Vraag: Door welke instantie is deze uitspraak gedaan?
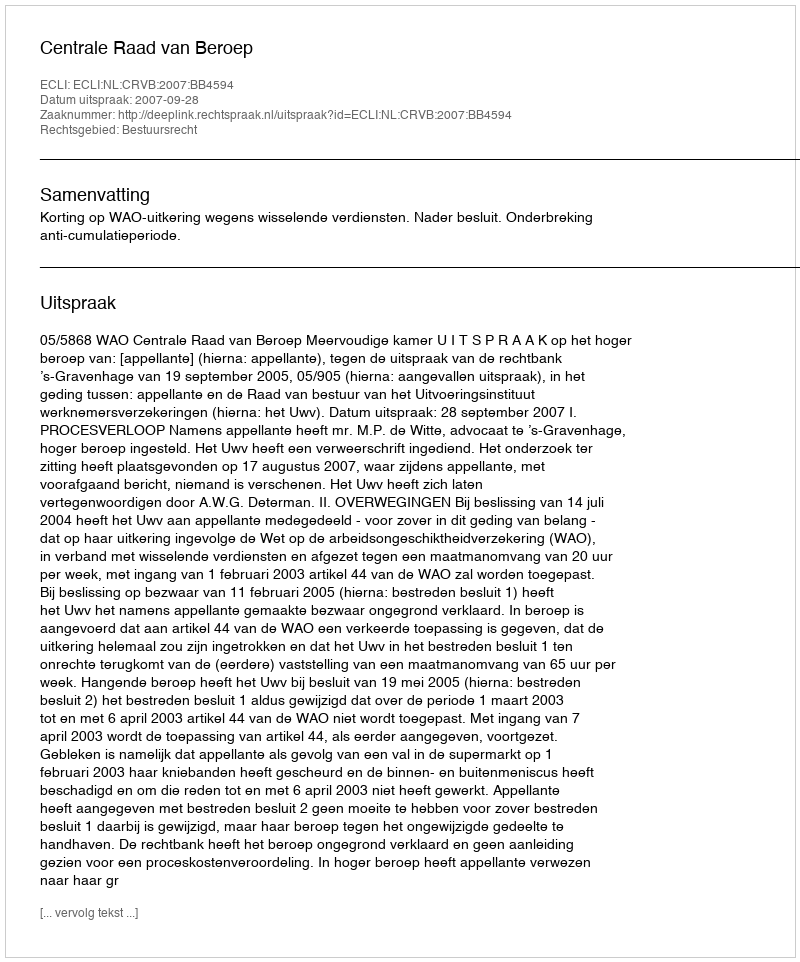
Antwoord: Centrale Raad van Beroep